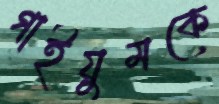
গাইয়ুমকে